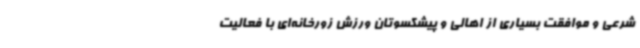
شرعی و موافقت بسیاری از اهالی و پیشکسوتان ورزش زورخانه‌ای با فعالیت